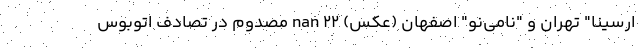
ارسینا" تهران و "نامی‌نو" اصفهان (عکس) nan ۲۲ مصدوم در تصادف اتوبوس